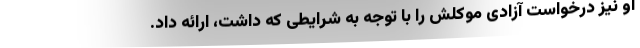
او نیز درخواست آزادی موکلش را با توجه به شرایطی که داشت، ارائه داد.